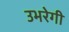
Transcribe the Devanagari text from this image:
उभरेगी